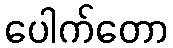
ပေါက်တော